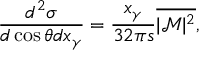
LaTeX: \frac { d ^ { 2 } \sigma } { d \cos \theta d x _ { \gamma } } = \frac { x _ { \gamma } } { 3 2 \pi s } \overline { { { | \mathcal { M } | ^ { 2 } } } } ,